Scottish Leaving Certificate Examination, 1961
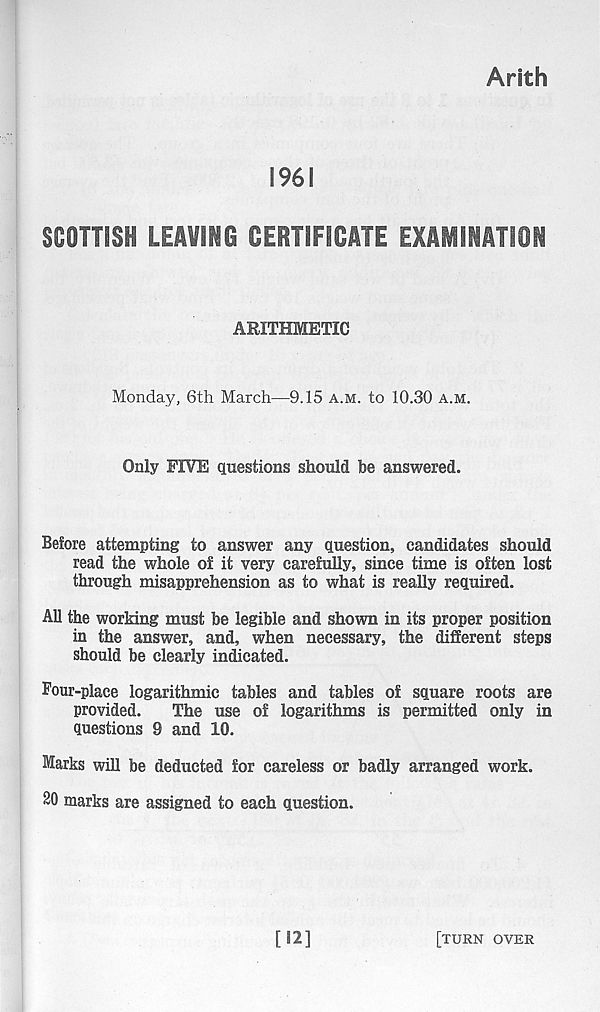
Arith
1961
SCOTTISH LEAVING CERTIFICATE EXAMINATION
ARITHMETIC
Monday, 6th March—9.15 a.m. to 10.30 a.m.
Only FIVE Questions should be answered.
Before attempting to answer any Question, candidates should
read the whole of it very carefully, since time is often lost
through misapprehension as to what is really required.
All the working must be legible and shown in its proper position
in the answer, and, when necessary, the different steps
should be clearly indicated.
Four-place logarithmic tables and tables of square roots are
provided.
The use of logarithms is permitted only in
questions 9 and 10.
Marks will be deducted for careless or badly arranged work.
20 marks are assigned to each question.
[12]
[turn over